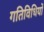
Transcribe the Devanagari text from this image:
गतिविधियों